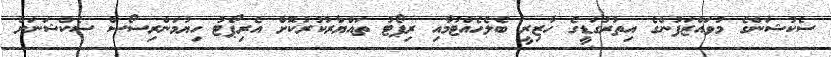
ސެކުޝަންގެ މުވައްޒަފުންގެ އިތުރުގަޑީގެ ހާޒިރީ ބެލެހެއްޓުމާއި ރިޕޯޓު ތައްޔާރުކުރުކޮށް އެރިޕޯޓު ހިޔުމަންރިސޯސް ސެކްޝަނަށް